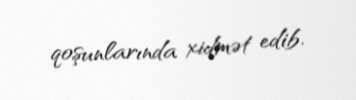
qoşunlarında xidmət edib.